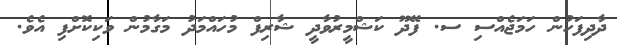
ދާދިފަހުން ހަމަޖެއްސި ސ. ފޭދޫ ކަޝްމީރުވާދީ ޝާރިފް މުހައްމަދު މަގާމުން ވަކިކޮށްފި އެެވެ.